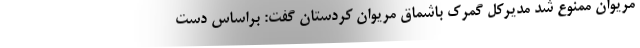
مریوان ممنوع شد مدیرکل گمرک باشماق مریوان کردستان گفت: براساس دست